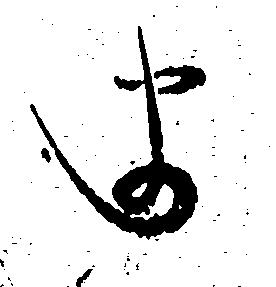
ま